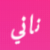
ناني